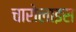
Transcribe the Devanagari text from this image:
चारोलाइस